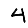
Digit: 4